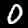
Label: 0